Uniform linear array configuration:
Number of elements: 8
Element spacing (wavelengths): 0.5
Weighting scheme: uniform
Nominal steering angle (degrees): -15
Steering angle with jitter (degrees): -13.279
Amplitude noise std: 0.05
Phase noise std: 0.05

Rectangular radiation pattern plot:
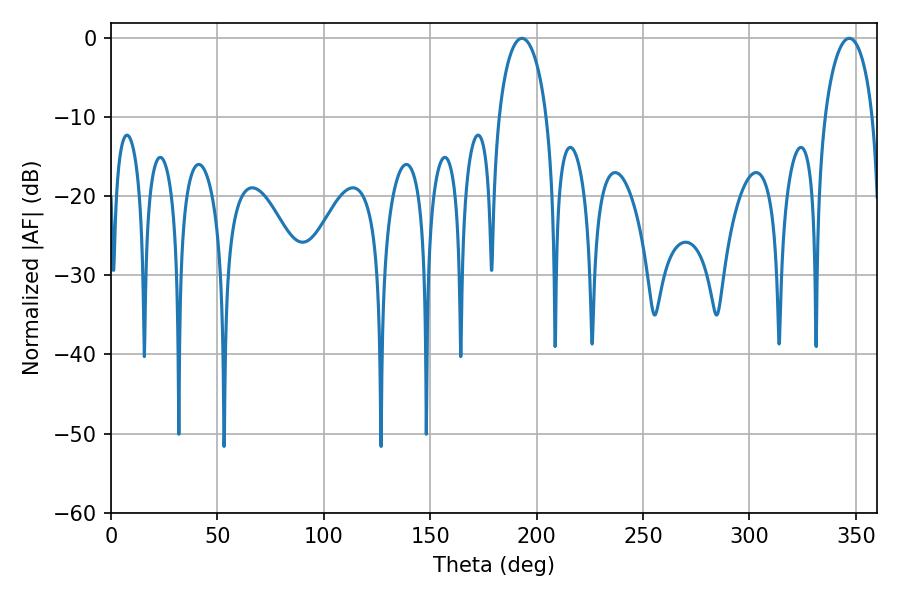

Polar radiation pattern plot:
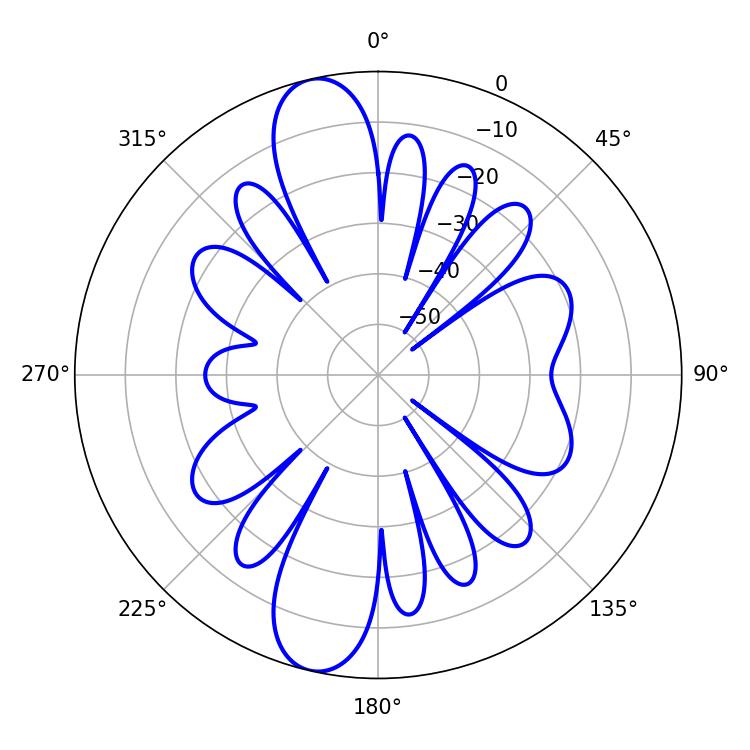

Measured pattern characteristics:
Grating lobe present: FALSE
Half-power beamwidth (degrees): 12.96
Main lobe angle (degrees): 346.86